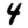
Digit: 4